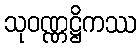
သုဝဏ္ဏဋ္ဌိကဿ